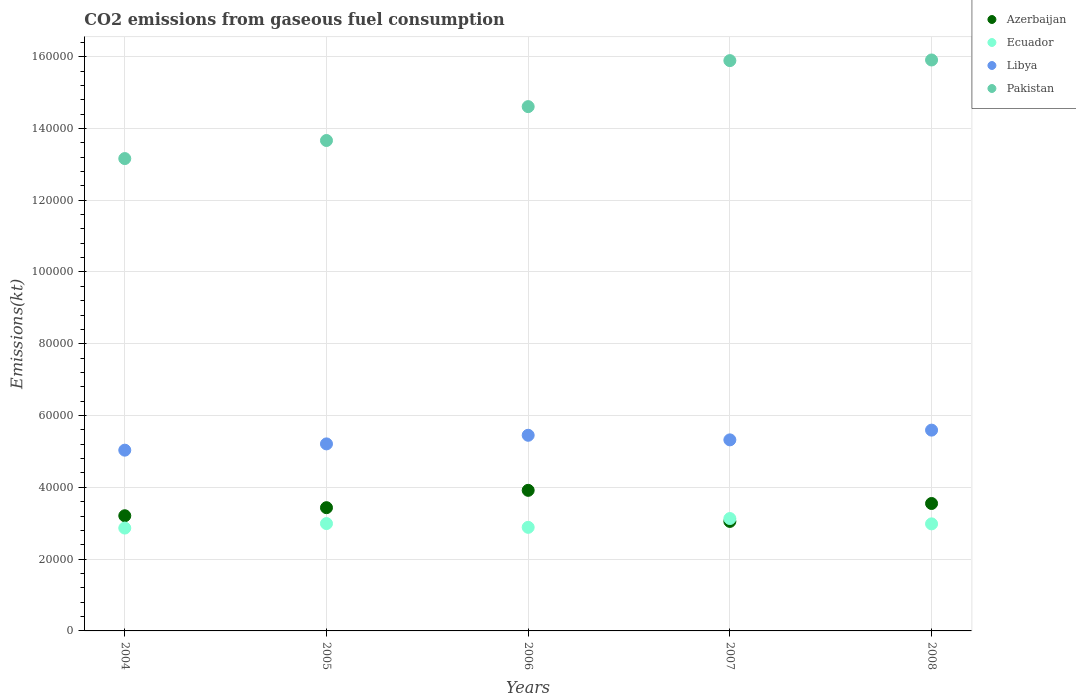
| Years | Azerbaijan | Ecuador | Libya | Pakistan |
 | --- | --- | --- | --- | --- |
 | 2004 | 3.21e+04 | 2.87e+04 | 5.04e+04 | 1.32e+05 |
 | 2005 | 3.43e+04 | 2.99e+04 | 5.21e+04 | 1.37e+05 |
 | 2006 | 3.92e+04 | 2.89e+04 | 5.45e+04 | 1.46e+05 |
 | 2007 | 3.05e+04 | 3.13e+04 | 5.32e+04 | 1.59e+05 |
 | 2008 | 3.55e+04 | 2.98e+04 | 5.59e+04 | 1.59e+05 |